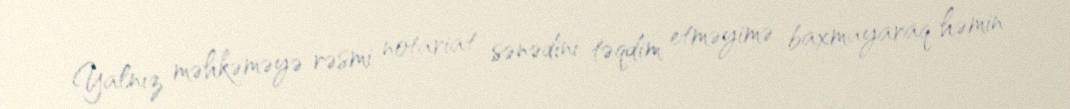
Yalnız məhkəməyə rəsmi notariat sənədini təqdim etməyimə baxmayaraq həmin